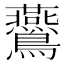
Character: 𪈏